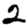
Digit: 2